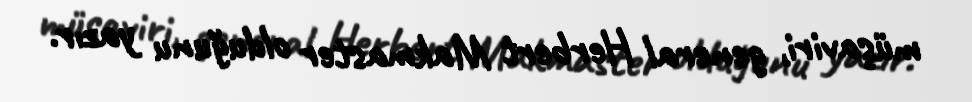
müşaviri, general Herbert Makmaster olduğunu yazır.